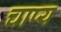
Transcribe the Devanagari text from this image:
चाप्य